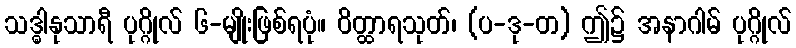
သဒ္ဓါနုသာရီ ပုဂ္ဂိုလ် ၆-မျိုးဖြစ်ရပုံ။ ဝိတ္ထာရသုတ်၊ (ပ-ဒု-တ) ဤ၌ အနာဂါမ် ပုဂ္ဂိုလ်